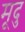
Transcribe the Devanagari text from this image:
मूदु